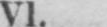
VI.